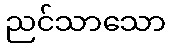
ညင်သာသော